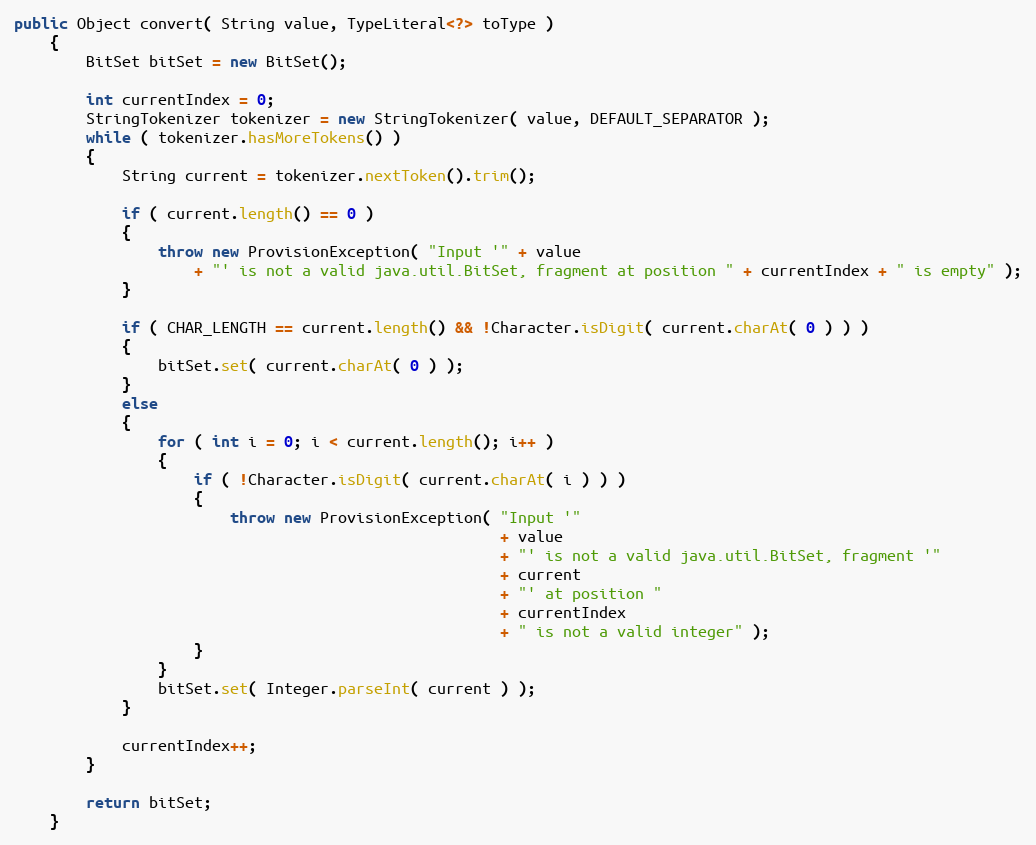
Language: Java
public Object convert( String value, TypeLiteral<?> toType )
    {
        BitSet bitSet = new BitSet();

        int currentIndex = 0;
        StringTokenizer tokenizer = new StringTokenizer( value, DEFAULT_SEPARATOR );
        while ( tokenizer.hasMoreTokens() )
        {
            String current = tokenizer.nextToken().trim();

            if ( current.length() == 0 )
            {
                throw new ProvisionException( "Input '" + value
                    + "' is not a valid java.util.BitSet, fragment at position " + currentIndex + " is empty" );
            }

            if ( CHAR_LENGTH == current.length() && !Character.isDigit( current.charAt( 0 ) ) )
            {
                bitSet.set( current.charAt( 0 ) );
            }
            else
            {
                for ( int i = 0; i < current.length(); i++ )
                {
                    if ( !Character.isDigit( current.charAt( i ) ) )
                    {
                        throw new ProvisionException( "Input '"
                                                      + value
                                                      + "' is not a valid java.util.BitSet, fragment '"
                                                      + current
                                                      + "' at position "
                                                      + currentIndex
                                                      + " is not a valid integer" );
                    }
                }
                bitSet.set( Integer.parseInt( current ) );
            }

            currentIndex++;
        }

        return bitSet;
    }